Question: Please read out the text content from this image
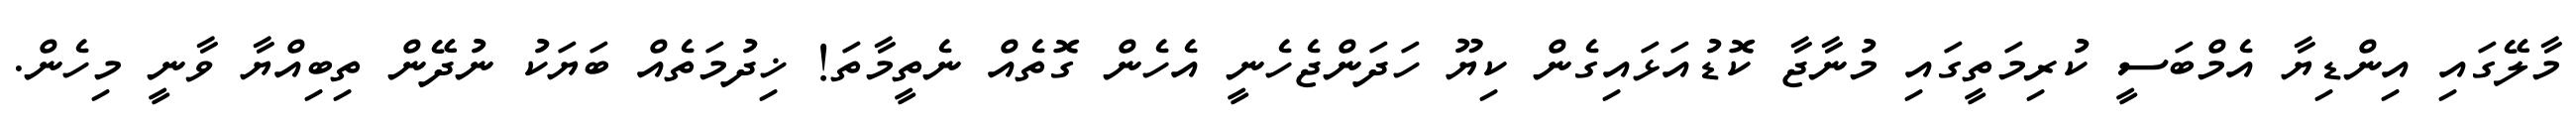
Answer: މާލޭގައި އިންޑިޔާ އެމްބަސީ ކުރިމަތީގައި މުނާޖާ ކޮޑުއަޅައިގެން ކިޔޫ ހަދަންޖެހެނީ އެހެން ގޮތެއް ނެތީމާތަ! ޚިދުމަތެއް ބަޔަކު ނުދޭން ތިބިއްޔާ ވާނީ މިހެން.